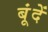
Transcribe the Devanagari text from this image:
बूंंदें